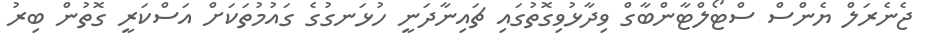
ޖެނެރަލް ޔެންސް ސްޓޯލްޓާންބާގް ވިދާޅުވިގޮތުގައި ޗައިނާދަނީ ހުޅަނގުގެ ގައުމުތަކަށް އަސްކަރީ ގޮތުން ބިރު